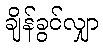
ချိန်ခွင်လျှာ